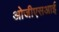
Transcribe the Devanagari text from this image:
ओजीएसआई